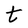
Character: t